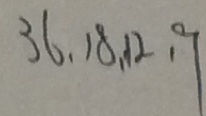
3 6 , 1 8 , 1 2 , 9